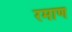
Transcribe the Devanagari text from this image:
रमाण